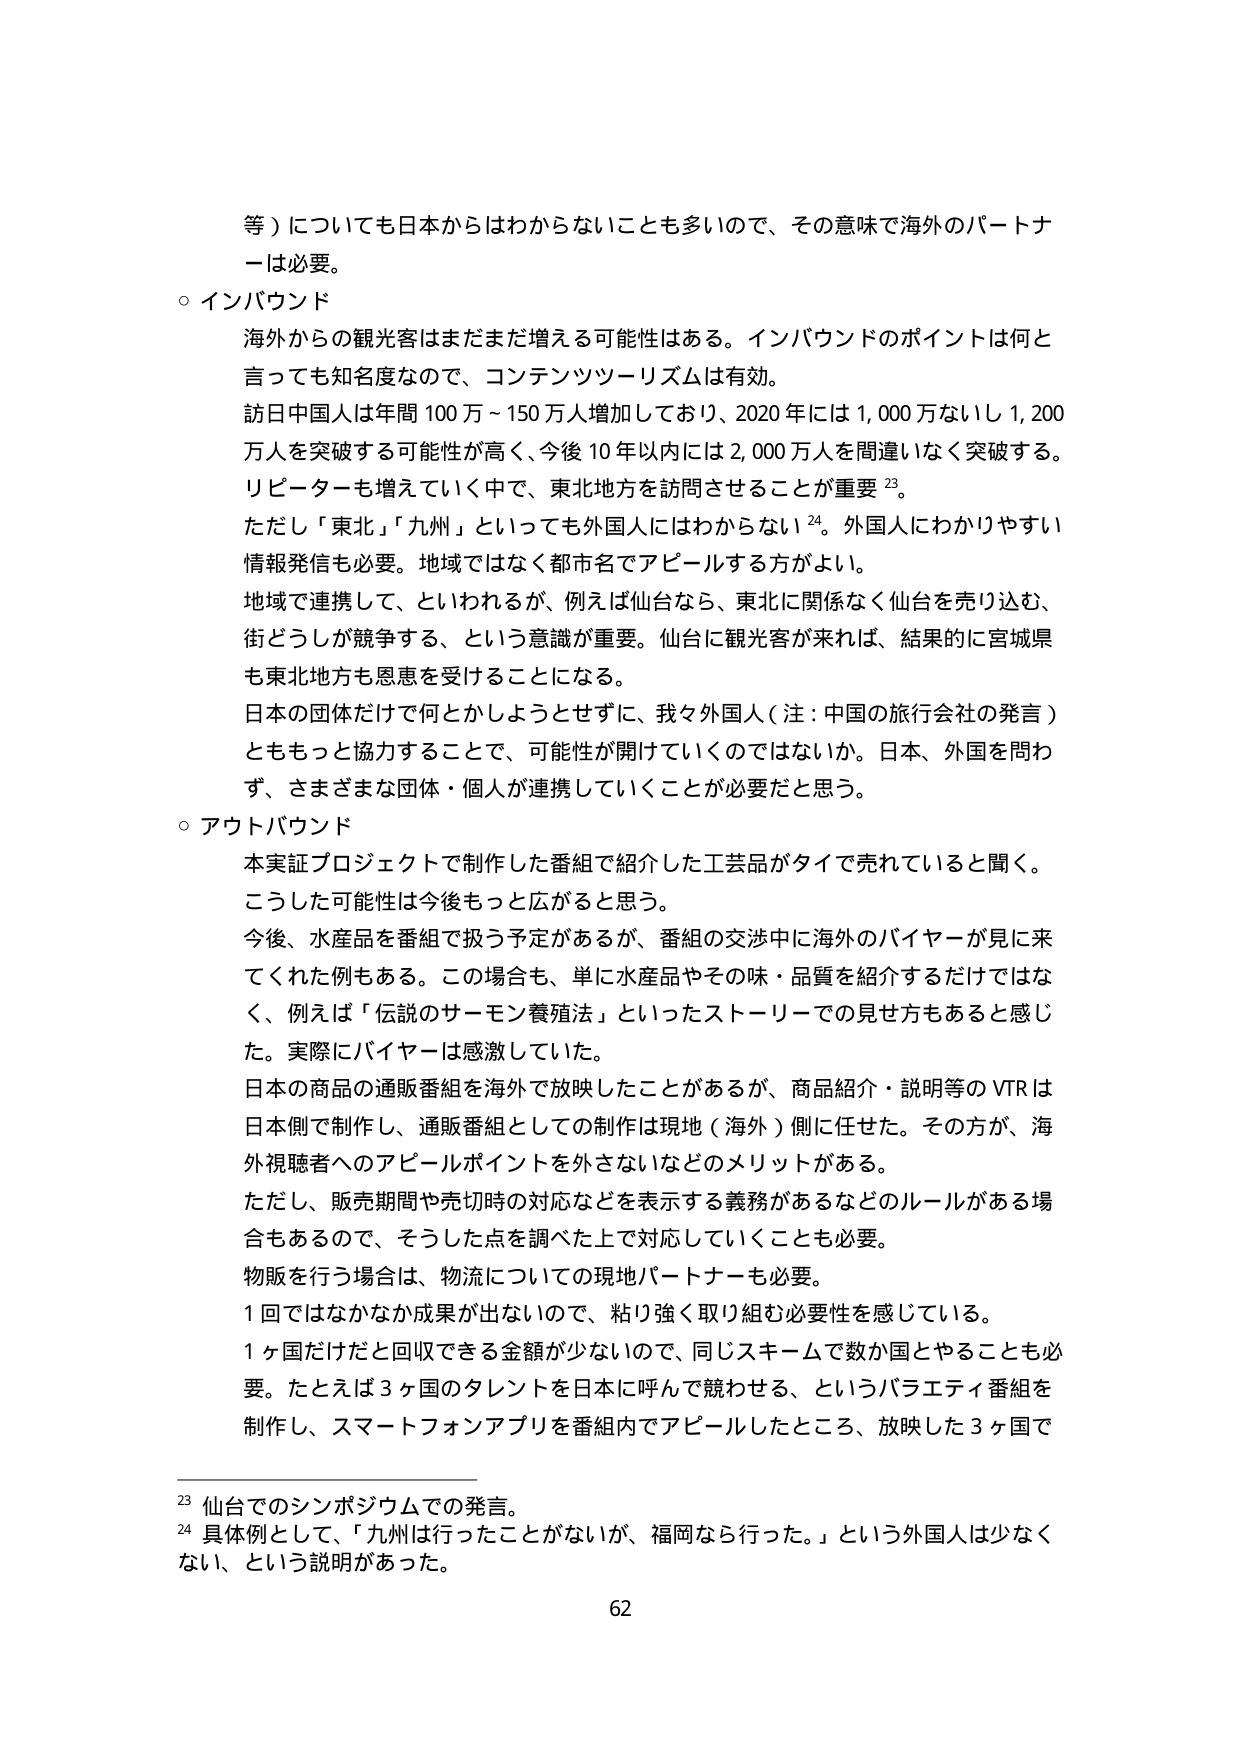
等）についても日本からはわからないことも多いので、その意味で海外のパートナーは必要。

○ インバウンド

海外からの観光客はまだまだ増える可能性はある。インバウンドのポイントは何と言っても知名度なので、コンテンツツーリズムは有効。

訪日中国人は年間100万～150万人増加しており、2020年には1,000万ないし1,200万人を突破する可能性が高く、今後10年以内には2,000万人を間違いなく突破する。リピーターも増えていく中で、東北地方を訪問させることが重要²³。

ただし「東北」「九州」といっても外国人にはわからない²⁴。外国人にわかりやすい情報発信も必要。地域ではなく都市名でアピールする方がよい。

地域で連携して、といわれるが、例えば仙台なら、東北に関係なく仙台を売り込む、街どうしが競争する、という意識が重要。仙台に観光客が来れば、結果的に宮城県も東北地方も恩恵を受けることになる。

日本の団体だけで何とかしようとせずに、我々外国人（注：中国の旅行会社の発言）とももっと協力することで、可能性が開けていくのではないか。日本、外国を問わず、さまざまな団体・個人が連携していくことが必要だと思う。

○ アウトバウンド

本実証プロジェクトで制作した番組で紹介した工芸品がタイで売れていると聞く。こうした可能性は今後もっと広がると思う。

今後、水産品を番組で扱う予定があるが、番組の交渉中に海外のバイヤーが見に来てくれた例もある。この場合も、単に水産品やその味・品質を紹介するだけではなく、例えば「伝説のサーモン養殖法」といったストーリーでの見せ方もあると感じた。実際にバイヤーは感激していた。

日本の商品の通販番組を海外で放映したことがあるが、商品紹介・説明等のVTRは日本側で制作し、通販番組としての制作は現地（海外）側に任せた。その方が、海外視聴者へのアピールポイントを外さないなどのメリットがある。

ただし、販売期間や売切時の対応などを表示する義務があるなどのルールがある場合もあるので、そうした点を調べた上で対応していくことも必要。

物販を行う場合は、物流についての現地パートナーも必要。

1回ではなかなか成果が出ないので、粘り強く取り組む必要性を感じている。

1ヶ国だけだと回収できる金額が少ないので、同じスキームで数か国とすることも必要。たとえば3ヶ国のタレントを日本に呼んで競わせる、というバラエティ番組を制作し、スマートフォンアプリを番組内でアピールしたところ、放映した3ヶ国で

²³ 仙台でのシンポジウムでの発言。

²⁴ 具体例として、「九州は行ったことがないが、福岡なら行った。」という外国人は少なくない、という説明があった。

62